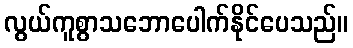
လွယ်ကူစွာသဘောပေါက်နိုင်ပေသည်။